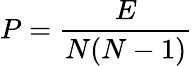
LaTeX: P=\frac{E}{N(N-1)}